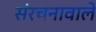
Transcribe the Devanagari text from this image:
संरचनावाले